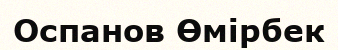
Оспанов Өмірбек